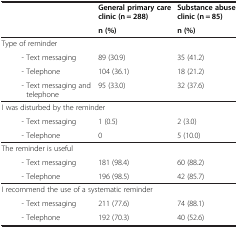
| <ROWSPAN=2>  | General primary care clinic (n = 288) | Substance abuse clinic (n = 85) |
 | n (%) | n (%) |
 | --- | --- | --- |
 | Type of reminder |  |  |
 | - Text messaging | 89 (30.9) | 35 (41.2) |
 | - Telephone | 104 (36.1) | 18 (21.2) |
 | - Text messaging and telephone | 95 (33.0) | 32 (37.6) |
 | I was disturbed by the reminder |  |  |
 | - Text messaging | 1 (0.5) | 2 (3.0) |
 | - Telephone | 0 | 5 (10.0) |
 | The reminder is useful |  |  |
 | - Text messaging | 181 (98.4) | 60 (88.2) |
 | - Telephone | 196 (98.5) | 42 (85.7) |
 | I recommend the use of a systematic reminder |  |  |
 | - Text messaging | 211 (77.6) | 74 (88.1) |
 | - Telephone | 192 (70.3) | 40 (52.6) |